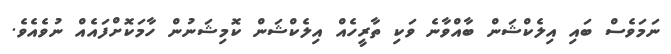
ނަމަވެސް ބައި އިލެކްޝަން ބާއްވާނެ ވަކި ތާރީހެއް އިލެކްޝަން ކޮމިޝަނުން ހާމަކޮށްފައެެއް ނުވެއެވެ.